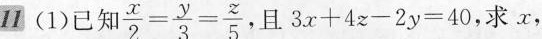
(1)已知 $$\frac{x}{2}= \frac{y}{3}= \frac{z}{5}$$ 且$$3x+4z-2y=40$$，求x，